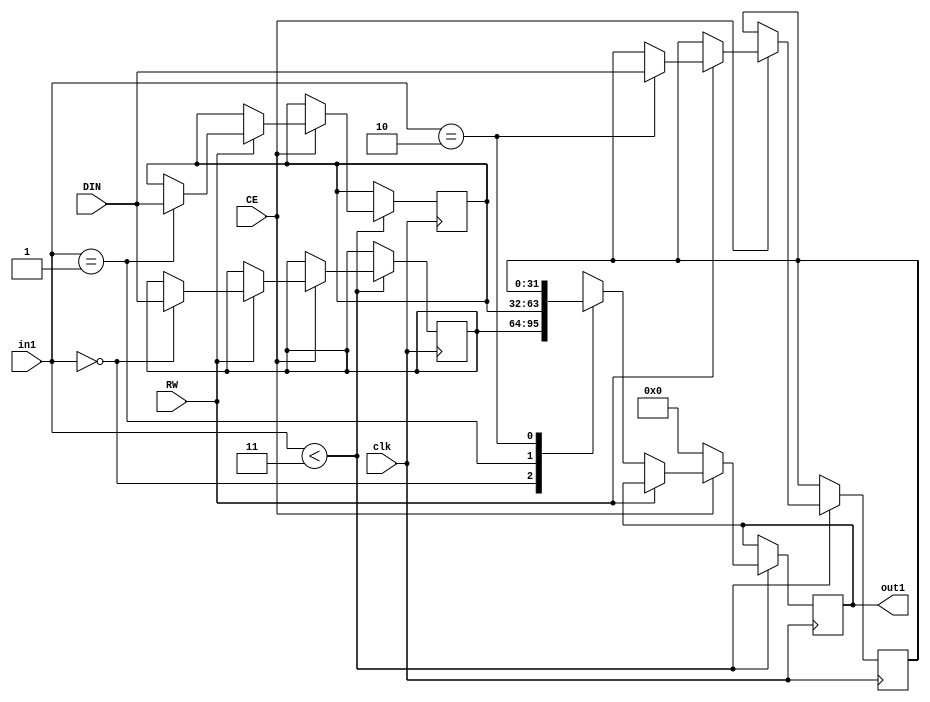
// Generated by stratus_hls 21.20-p100  (96289.240513)
// Mon May 15 07:59:22 2023
// from ../Filter.cpp

`timescale 1ps / 1ps


module Filter_RAM_3X32_4( DIN, CE, RW, in1, out1, clk );

    input [31:0] DIN;
    input CE;
    input RW;
    input [1:0] in1;
    input clk;
    output [31:0] out1;
    reg [31:0] out1;
    reg[31:0] mem[2:0];

    
always @(posedge clk)
      begin : Filter_RAM_3X32_4_thread_1
        if (in1 < 2'd3) 
          begin
            if (CE) 
              begin
                if (RW) 
                  begin
                    mem[in1] = DIN;
                  end 
                else 
                  begin
                    out1 <= mem[in1];
                  end
              end 
            else 
              begin
                out1 <= 32'd0000000000;
              end
          end 
      end

endmodule